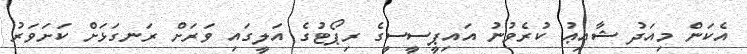
އެކަން މިއަދު ޝާއިޢު ކުރެވުނު އައިޕީސީސީގެ ރިޕޯޓުގެ އަލީގައި ވަރަށް ރަނގަޅަށް ކަށަވަރު